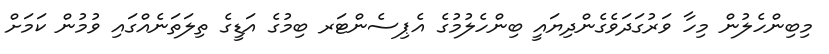
މިބިންހެލުން މިހާ ވަރުގަދަވެގެންދިޔައީ ބިންހެލުމުގެ އެޕިސެންޓަރ ބިމުގެ އަޑީގެ ތިލަތަނެއްގައި ވުމުން ކަމަށް